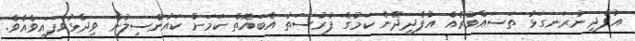
އުފެދި ނުރަނގަޅު ތަސައްވުރެއް އުފެދިދޭނެ ކަމުގެ ފުރުސަތު އެބައޮތް ކަމަށް ކައުންސިލުން ވިދާޅުވެފައިވެއެވެ.